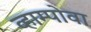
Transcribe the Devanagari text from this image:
व्हाम्पोवा